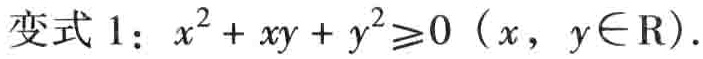
变式 1：$x^{2}+xy + y^{2}\geq0\ (x,y\in\mathrm{R})$